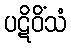
ပဋိဝိံသံ